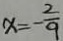
x = - \frac { 2 } { 9 }